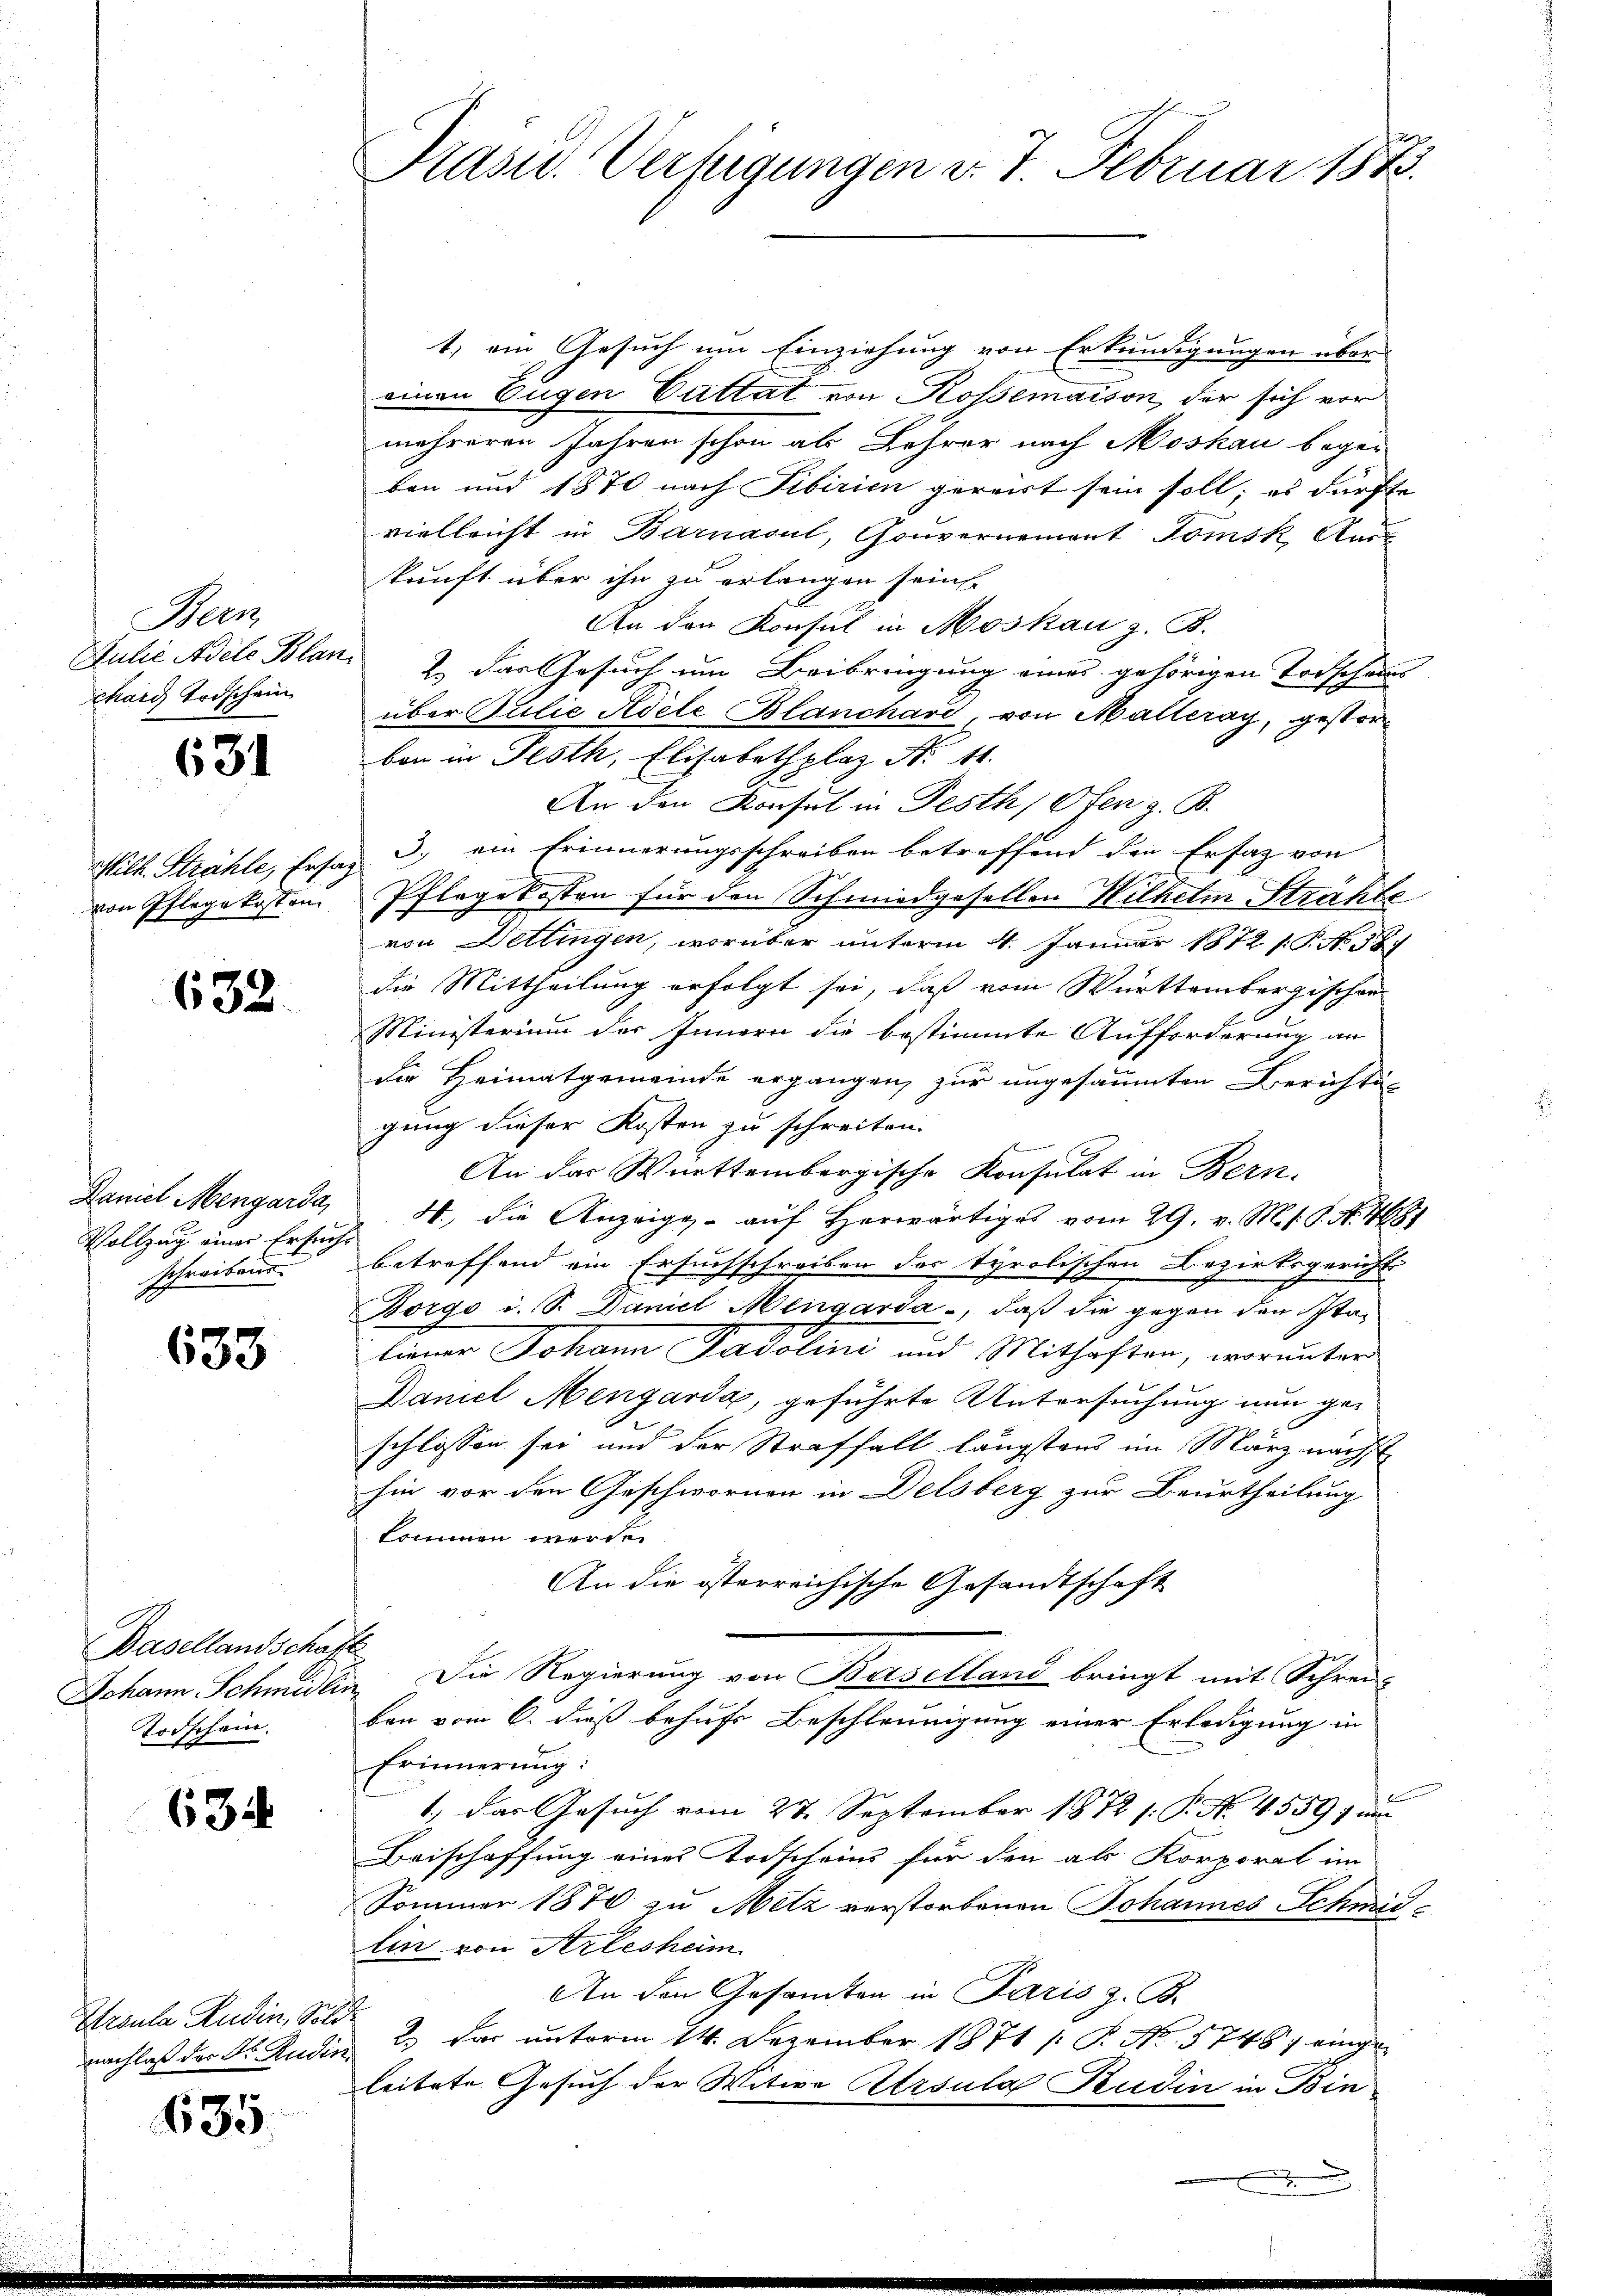
Bern
chard Todschein

631

von Pflege kosten

632.

Vollzug einer Ersuche
Schreibens

633

Basellandschaft
Todschein.

63

Groula Rudin, Sol
nachlaß der Dr. Audie

635.

Präsid. Verfügungen v. 7. Februar 1873.

t) ein Gesuch um Einziehung von Erkundigungen über-
einen Eugen Guttat von Rossemaison, der sich vor
mehreren Jahren schon als Lehrer nach Moskau bege
ben und 1870 nach Fibirien gereist sein soll; es dürfte
vielleicht in Barnacul, Gouvernemont Tomsk Auskunft über ihn zu erlangen sein.
An den Konsul in Moskau z. B.
Julie Adele Blan. 2. Das Gesuch um Beibringung eines gehörigen Todschan
über Juilie Adele Blanchard, von Malleray, gestorber in Festh, Elisabethplaz N. 11.
An den Konsul in Festh, Ofen z. B.
Wilh. Strahle, Ersaz 3) ein Erinnerungsschreiben betreffend den Ersatz von
Pflege kosten für den Schmiedgesellen Wilhelm Strähte
von Dettingen, worüber unterm 4. Januar 1872 s. S. No. 38.
die Mittheilung erfolgt sei, daß vom Württembergischen
Ministerium der Innern die bestimmte Aufforderung an
die Heimatgemeinde ergangen, zur ungesäumten Berichti-
gung dieser Kosten zu schreiten.
t
An das Württembergische Konsulat in Bern.
Daniel Mengarda, H. die Anzeige aŭf herwärtiges vom 29. v. M. s. S. Nr. 4681
betreffend ein Ersuchschreiben des Tyrolischen Bezirksgerichts
Borgo i. S. Daniel Mengarda, daß die gegen den Italiener Johann Padolini und Mithaften, worunter
Daniel Mengarda, geführte Untersuchung nun geschlossen sei und der Straffall längstens im März nächst
hin vor den Geschwornen in Delsberg zur Beurtheilung
kommen werde.
An die österreichische Gesandtschaft
Johann Schmidlin. Die Regierung von Baselland bringt mit Schrei-
ben vom 6. dieß behufs Beschleunigung einer Erledigung in
Erinnerung:
1.) Das Gesuch vom 27. September 1872 s. P. Nr. 4559 f un
Beischaffung eines Todscheins für den als Korporat im
Sommer 1870 zu Metz verstorbenen Johannes Schmid-
lin von Arlesheim
An den Gesamten in Paris z. B.
h
2 das unterm 14. Dezember 1871 /: P. Nr. 5746; eingei
leitete Gesuch der Witwe Atrsula Rudin in Bin¬

x